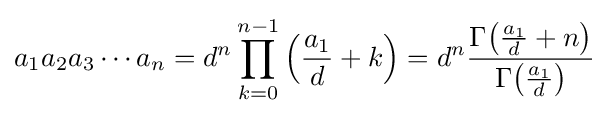
a_{1}a_{2}a_{3}\cdots a_{n}=d^{n}\prod _{k=0}^{n-1}\left({\frac {a_{1}}{d}}+k\right)=d^{n}{\frac {\Gamma {\left({\frac {a_{1}}{d}}+n\right)}}{\Gamma {\left({\frac {a_{1}}{d}}\right)}}}